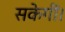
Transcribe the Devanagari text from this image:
सकेगीं।